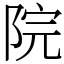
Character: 院